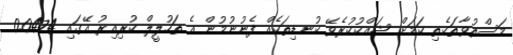
މަސްތުވާތަކެތި ކަމަށް ޝައްކުކުރެވޭ ކުނޑިތަކެއް ފެނުނުމުން އެ ތަހުލީލް ކުރިއިރު އޭގައި 0.0474